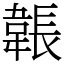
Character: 韔